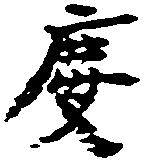
慶